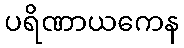
ပရိဏာယကေန